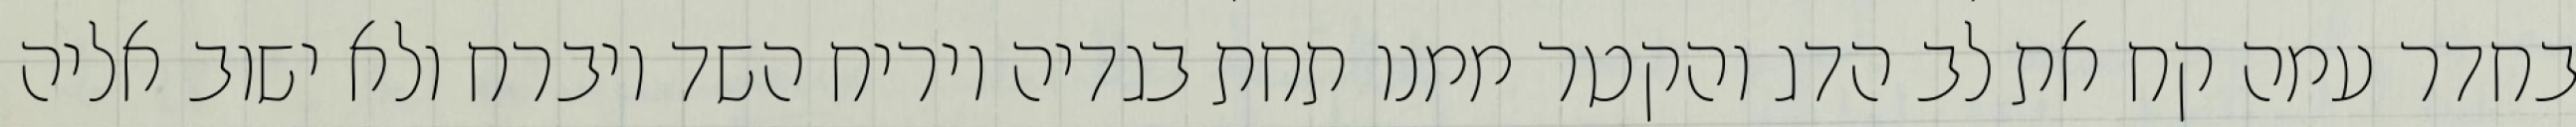
בחדר עמה קח את לב הדג והקטר ממנו תחת בגדיה ויריח השד ויברח ולא ישוב אליה